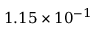
1 . 1 5 \times 1 0 ^ { - 1 }